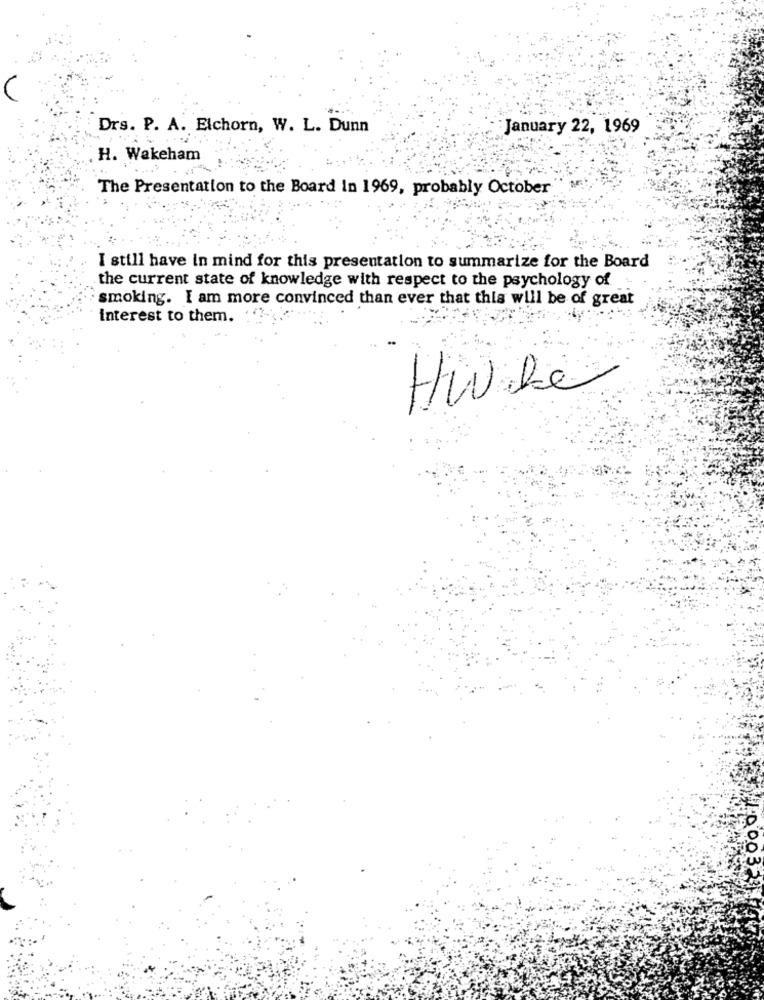
Drs. P. A. Elchorn, W. L. Dunn
January 22, 1969
H. Wakeham
The Presentation to the Board In 1969, probably October
I still have in mind for this presentation to summarize for the Board
the current state of knowledge with respect to the psychology of
smoking. I am more convinced than ever that this will be of great
interest to them.
HW be